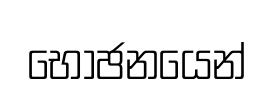
භොඡනයෙන්